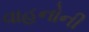
વાહનોની